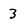
Character: 3